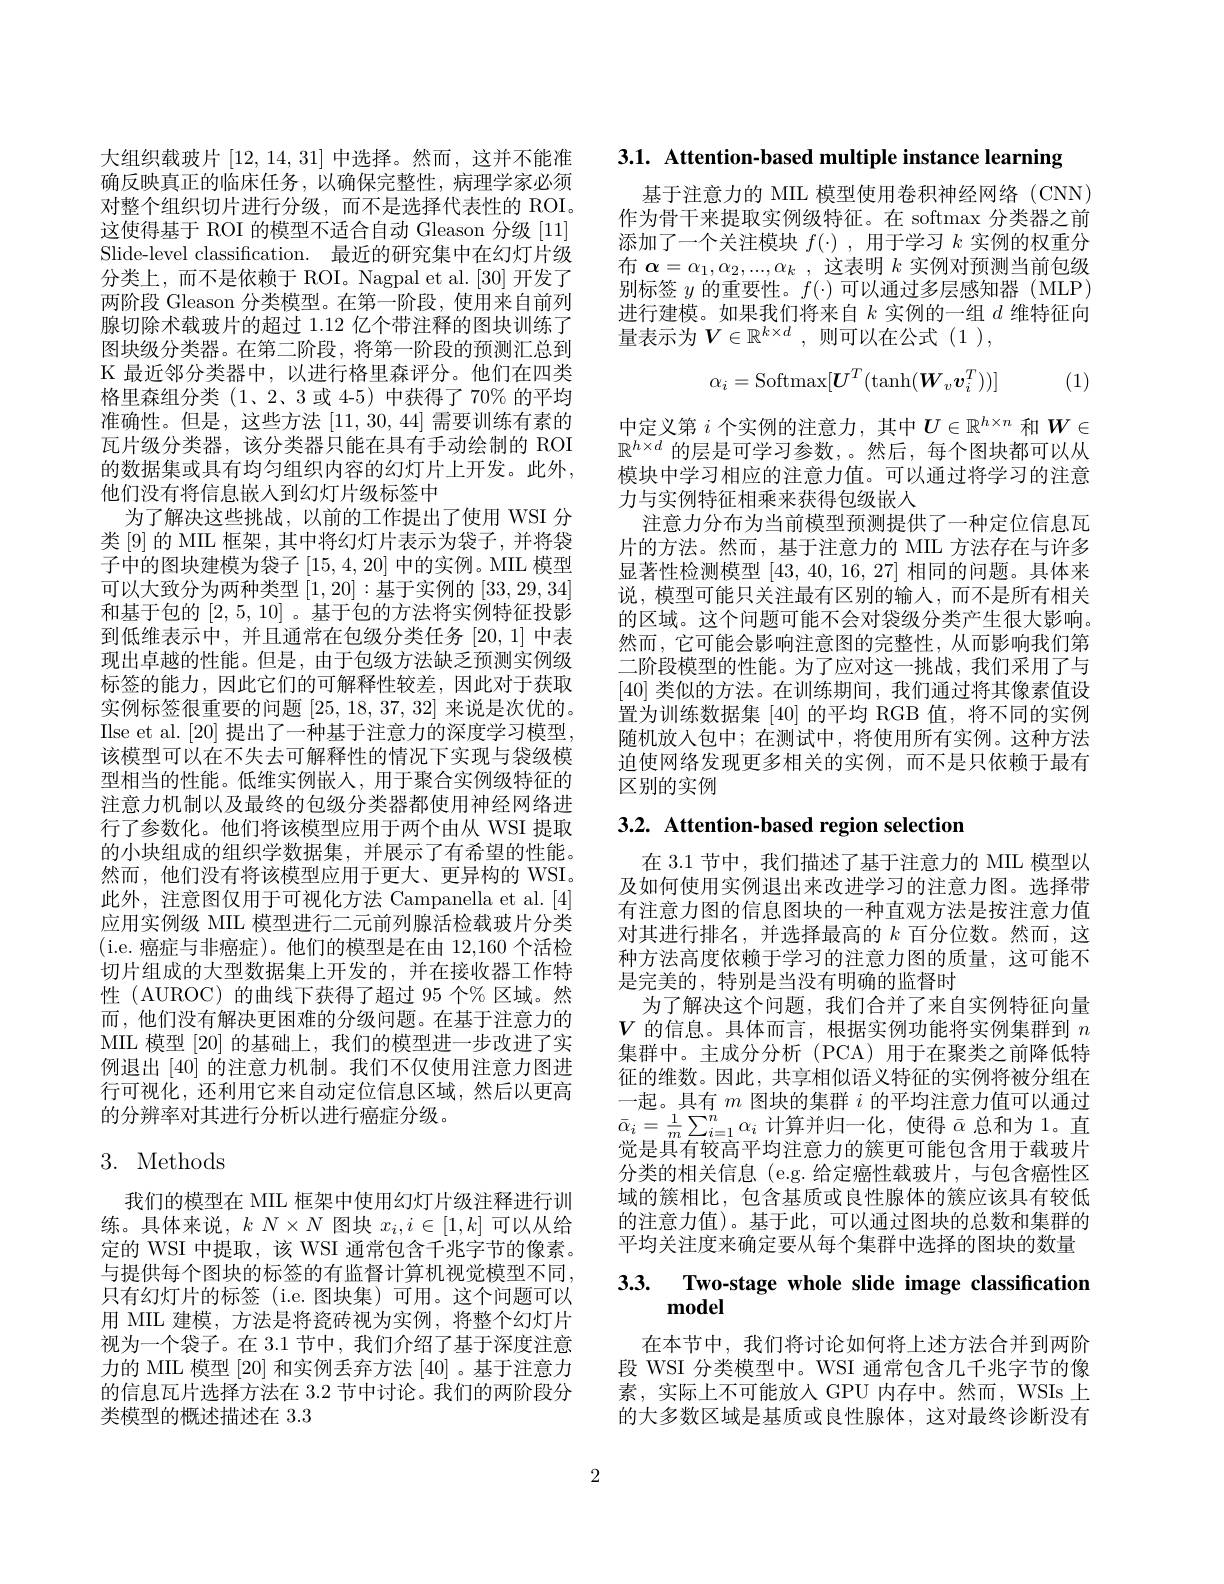
大组织载玻片[12,14,31]中选择。然而，这并不能准确反映真正的临床任务，以确保完整性，病理学家必须对整个组织切片进行分级，而不是选择代表性的 ROI。这使得基于 ROI 的模型不适合自动 Gleason 分级 [11] Slide-level classification. 最近的研究集中在幻灯片级分类上，而不是依赖于 ROI。Nagpal et al.[30] 开发了两阶段 Gleason 分类模型。在第一阶段，使用来自前列腺切除术载玻片的超过 1.12 亿个带注释的图块训练了图块级分类器。在第二阶段，将第一阶段的预测汇总到K 最近邻分类器中，以进行格里森评分。他们在四类格里森组分类 (1、2、3或 4-5) 中获得了 70% 的平均准确性。但是，这些方法[11,30,44]需要训练有素的瓦片级分类器，该分类器只能在具有手动绘制的 ROI 的数据集或具有均匀组织内容的幻灯片上开发。此外， 他们没有将信息嵌人到幻灯片级标签中
为了解决这些挑战，以前的工作提出了使用 WSI 分类[9]的 MIIL 框架，其中将幻灯片表示为袋子，并将袋子中的图块建模为袋子[15,4,20]中的实例。MIL 模型可以大致分为两种类型 [1,20]:基于实例的 [33,29,34] 和基于包的[2,5,10] 。基于包的方法将实例特征投影到低维表示中，并且通常在包级分类任务[20,1]中表现出卓越的性能。但是 , 由于包级方法缺乏预测实例级标签的能力，因此它们的可解释性较差，因此对于获取实例标签很重要的问题[25,18,37,32]来说是次优的。Ilse et al. [20]提出了一种基于注意力的深度学习模型， 该模型可以在不失去可解释性的情况下实现与袋级模型相当的性能。低维实例嵌入，用于聚合实例级特征的注意力机制以及最终的包级分类器都使用神经网络进行了参数化。他们将该模型应用于两个由从 WSI 提取的小块组成的组织学数据集，并展示了有希望的性能。然而，他们没有将该模型应用于更大、更异构的 WSI。此外，注意图仅用于可视化方法 Campanella et al.[4] 应用实例级 MIL 模型进行二元前列腺活检载玻片分类(i.e.癌症与非癌症)。他们的模型是在由 12,160 个活检切片组成的大型数据集上开发的，并在接收器工作特性 (AUROC) 的曲线下获得了超过 95 个% 区域。然而，他们没有解决更困难的分级问题。在基于注意力的MIL 模型 [20] 的基础上，我们的模型进一步改进了实例退出|40|的注意力机制。我们不仅使用注意力图进行可视化，还利用它来自动定位信息区域，然后以更高的分辨率对其进行分析以进行癌症分级。

## 3. Methods

我们的模型在 MIIL 框架中使用幻灯片级注释进行训练。具体来说，$k\times N\times N$图块$x_i,i\in[1,k]$可以从给定的 WSI 中提取，该 WSI 通常包含千兆字节的像素。与提供每个图块的标签的有监督计算机视觉模型不同， 只有幻灯片的标签(i.e.图块集)可用。这个问题可以用 MIL 建模，方法是将瓷砖视为实例，将整个幻灯片视为一个袋子。在 3.1 节中，我们介绍了基于深度注意力的 MIL 模型 [20] 和实例丢弃方法 [40] 。基于注意力的信息瓦片选择方法在 3.2 节中讨论。我们的两阶段分类模型的概述描述在 3.3

3.1. Attention-based multiple instance learning

基于注意力的 MIIL 模型使用卷积神经网络 (CNN) 作为骨干来提取实例级特征。在 softmax 分类器之前添加了一个关注模块$f(\cdot)$ ,用于学习$k$实例的权重分布$\alpha=\alpha_1,\alpha_2,...,\alpha_k$ ,这表明$k$实例对预测当前包级别标签$y$的重要性。$f(\cdot)$可以通过多层感知器 (MLP) 进行建模。如果我们将来自$k$实例的一组$d$维特征向量表示为$V\in\mathbb{R}^k\times d$ ,则可以在公式(1 ),
$$\alpha_i=\mathrm{Softmax}[U^T(\mathrm{tanh}(\boldsymbol{W}_v\boldsymbol{v}_i^T))]$$
(1)

中定义第$i$个实例的注意力，其中$U\in\mathbb{R}^h\times n$和$W\in$ $\mathbb{R}^{h\times d}$的层是可学习参数，。然后，每个图块都可以从模块中学习相应的注意力值。可以通过将学习的注意力与实例特征相乘来获得包级嵌人
注意力分布为当前模型预测提供了一种定位信息瓦片的方法。然而，基于注意力的 MIL 方法存在与许多显著性检测模型[43,40,16,27]相同的问题。具体来说，模型可能只关注最有区别的输入，而不是所有相关的区域。这个问题可能不会对袋级分类产生很大影响。然而，它可能会影响注意图的完整性，从而影响我们第二阶段模型的性能。为了应对这一挑战，我们采用了与[40]类似的方法。在训练期间，我们通过将其像素值设置为训练数据集 [40] 的平均 RGB 值，将不同的实例随机放入包中；在测试中，将使用所有实例。这种方法迫使网络发现更多相关的实例，而不是只依赖于最有区别的实例

# 3.2. Attention-based region selection

在 3.1 节中，我们描述了基于注意力的 MIIL 模型以及如何使用实例退出来改进学习的注意力图。选择带有注意力图的信息图块的一种直观方法是按注意力值对其进行排名，并选择最高的$k$百分位数。然而，这种方法高度依赖于学习的注意力图的质量，这可能不是完美的，特别是当没有明确的监督时
为了解决这个问题，我们合并了来自实例特征向量$V$的信息。具体而言，根据实例功能将实例集群到$n$ 集群中。主成分分析(PCA)用于在聚类之前降低特征的维数。因此，共享相似语义特征的实例将被分组在一起。具有$m$图块的集群$i$的平均注意力值可以通过$\bar{\alpha}_{i}=\frac{1}{m}\sum_{i=1}^{n}\alpha_{i}$计算并归一化，使得$\bar{\alpha}$总和为 1。直觉是具有较高平均注意力的簇更可能包含用于载玻片分类的相关信息 (e.g. 给定癌性载玻片，与包含癌性区域的簇相比，包含基质或良性腺体的簇应该具有较低的注意力值)。基于此，可以通过图块的总数和集群的平均关注度来确定要从每个集群中选择的图块的数量

## 3.3. $\textbf{Two- stage whole slide image classificatior}$ model

在本节中，我们将讨论如何将上述方法合并到两阶段 WSI 分类模型中。WSI 通常包含几千兆字节的像素，实际上不可能放入 GPU 内存中。然而，WSIs 上的大多数区域是基质或良性腺体，这对最终诊断没有

2